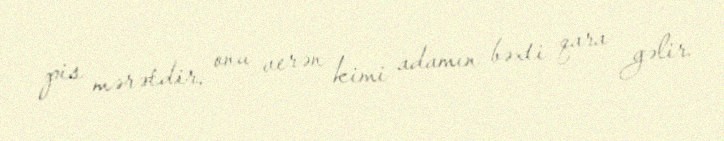
pis mərətdir, onu verən kimi adamın bəxti qara gəlir.